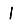
Digit: 1